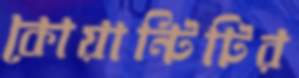
কোয়ান্টিটির